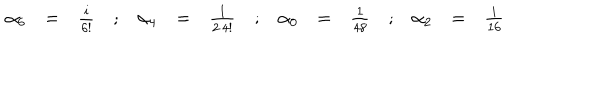
\begin{array} { r c l c r c l c r c l c r c l } { { \alpha _ { 6 } } } & { { = } } & { { \frac { i } { 6 ! } } } & { { ; } } & { { \alpha _ { 4 } } } & { { = } } & { { \frac { 1 } { 2 \, 4 ! } } } & { { ; } } & { { \alpha _ { 0 } } } & { { = } } & { { \frac { 1 } { 4 8 } } } & { { ; } } & { { \alpha _ { 2 } } } & { { = } } & { { \frac { i } { 1 6 } } } \\ \end{array}